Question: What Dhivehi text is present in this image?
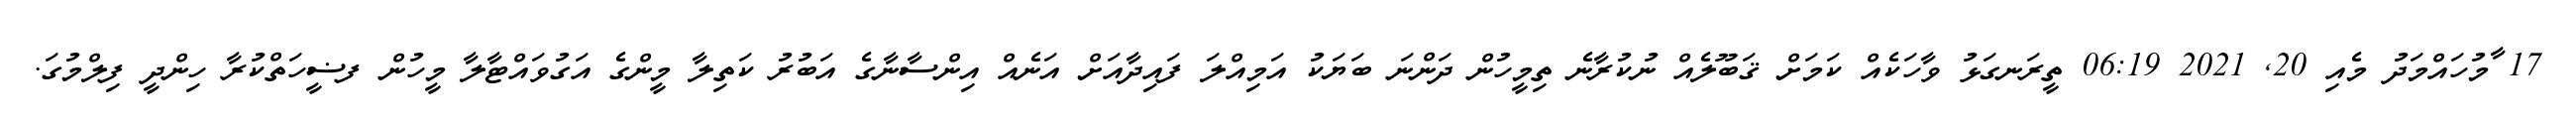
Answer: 17 ާމުހައްމަދު މެއި 20, 2021 06:19 ތީރަނގަޅު ވާހަކެއް ކަމަށް ޤަބޫލެއް ނުކުރާނެ ތިމީހުން ދަންނަ ބަޔަކު އަމިއްލަ ފައިދާއަށް އަނެއް އިންސާނާގެ އަބުރު ކަތިލާ މީންގެ އަގުވައްޓާލާ މީހުން ފޟީހަތްކުރާ ހިންދީ ފިލްމުގަ.